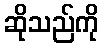
ဆိုသည်ကို